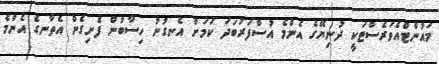
މައުންޓްއެވަރެސްޓަކީ ދުނިޔޭގެ އެންމެ އުސްފަރުބަދަ ކަމަށް އެނގުނު ހިސާބުން ފެށިގެން އެތާނގެ އެންމެ